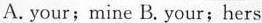
A. your；mine B.Your；hers